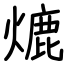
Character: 熝